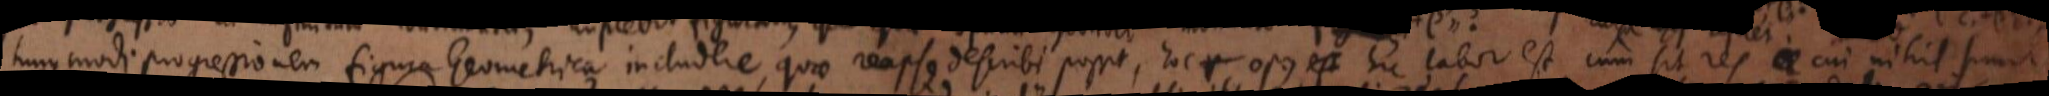
hujusmodi progressionem figura Geometrica includere, quae reapse describi possit, hoc opus hic labor est, cum sit res cui nihil simile